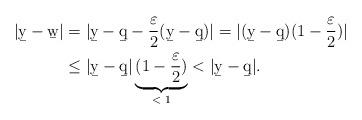
LaTeX: \begin{align*}\begin{aligned}| \b y-\b w| &= | \b y-\b q - \frac{\varepsilon}{2}(\b y-\b q) | = | (\b y-\b q)(1-\frac{\varepsilon}{2})|\\& \leq | \b y-\b q| \underbrace{(1-\frac{\varepsilon}{2})}_{<\;1}<| \b y-\b q|.\end{aligned}\end{align*}